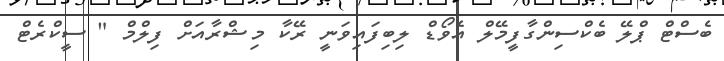
ބެސްޓް ޕްލޭ ބެކްސިންގާފީމޭލް އެވޯޑް ލިބިފައިވަނީ ރޭކާ މިޝްރާއަށް ފިލްމް " ސީކްރެޓް